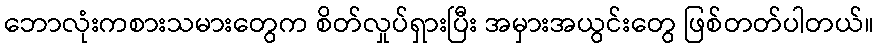
ဘောလုံးကစားသမားတွေက စိတ်လှုပ်ရှားပြီး အမှားအယွင်းတွေ ဖြစ်တတ်ပါတယ်။